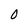
Character: 0